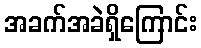
အခက်အခဲရှိကြောင်း